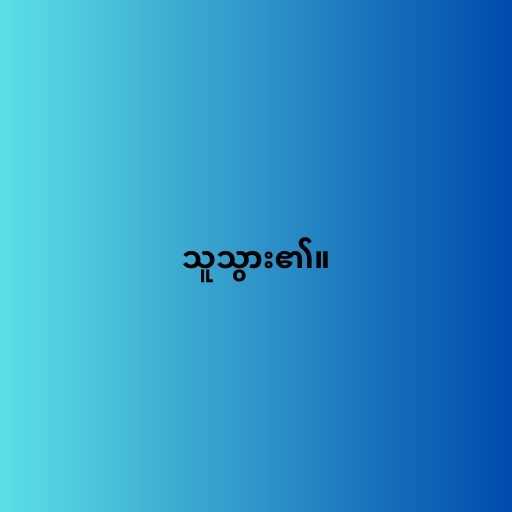
သူသွား၏။